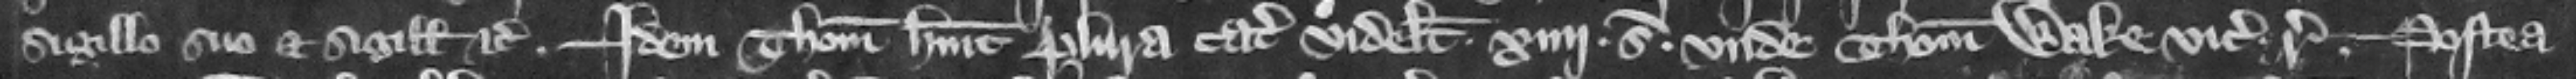
sigillo suo et sigillis etc. Idem Thomas habuit plura catalla. videlicet .rij. S.. vnde Thomas Wake vicecomes respondeat. Postea